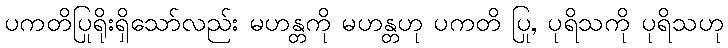
ပကတိပြုရိုးရှိသော်လည်း မဟန္တကို မဟန္တဟု ပကတိ ပြု, ပုရိသကို ပုရိသဟု